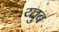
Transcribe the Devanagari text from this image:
य्तुब